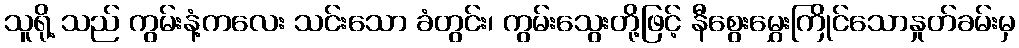
သူရို့ သည် ကွမ်းနံ့ကလေး သင်းသော ခံတွင်း၊ ကွမ်းသွေးတို့ဖြင့် နီစွေးမွှေးကြိုင်သောနှုတ်ခမ်းမှ